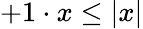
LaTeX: +1\cdot x\leq|x|